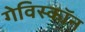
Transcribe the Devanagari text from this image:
गेविस्कॉन